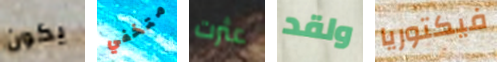
يكون متخفي عثرت ولقد فيكتوريا